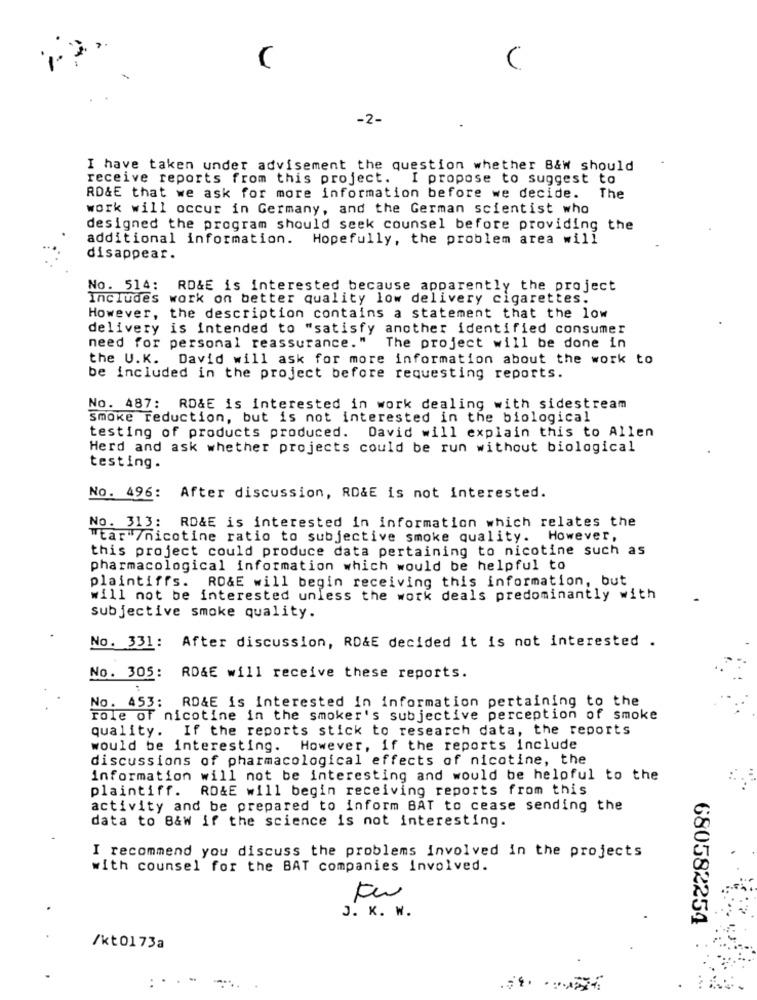
-2-
I have taken under advisement the question whether B&w should
receive reports from this project. I propose to suggest to
RD&E that we ask for more information before we decide.
The
work will occur in Germany, and the German scientist who
designed the program should seek counsel before providing the
additional information. Hopefully, the problem area will
disappear.
No. 514: RD&E is interested because apparently the project
Includes work on better quality low delivery cigarettes.
However, the description contains a statement that the low
delivery is intended to "satisfy another identified consumer
need for personal reassurance." The project will be done in
the U.K. David will ask for more information about the work to
be included in the project before requesting reports.
No. 487: RD&E is interested in work dealing with sidestream
smoke reduction, but is not interested in the biological
testing of products produced. David will explain this to Allen
Herd and ask whether projects could be run without biological
testing.
No. 496: After discussion, RD&E is not interested.
No. 313: RD&E is interested in information which relates the
Tear /nicotine ratio to subjective smoke quality. However,
this project could produce data pertaining to nicotine such as
pharmacological information which would be helpful to
plaintiffs. RO&E will begin receiving this information, but
will not be interested unless the work deals predominantly with
subjective smoke quality.
No. 331: After discussion, RD&E decided it is not interested .
No. 305: RD&E will receive these reports.
No. 453: RD&E is interested in information pertaining to the
role of nicotine in the smoker's subjective perception of smoke
quality. If the reports stick to research data, the reports
would be interesting. However, if the reports include
discussions of pharmacological effects of nicotine, the
information will not be interesting and would be helpful to the
plaintiff. RO&E will begin receiving reports from this
activity and be prepared to inform BAT to cease sending the
data to B&W if the science is not interesting.
I recommend you discuss the problems involved in the projects
with counsel for the BAT companies involved.
J. K. W.
680582254
/kt0173a